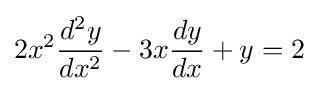
2x^{2}{\frac {d^{2}y}{dx^{2}}}-3x{\frac {dy}{dx}}+y=2